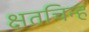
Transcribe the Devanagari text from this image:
क्षतचिन्ह